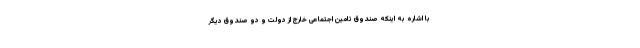
با اشاره به اینکه صندوق تامین اجتماعی خارج از دولت و دو صندوق دیگر